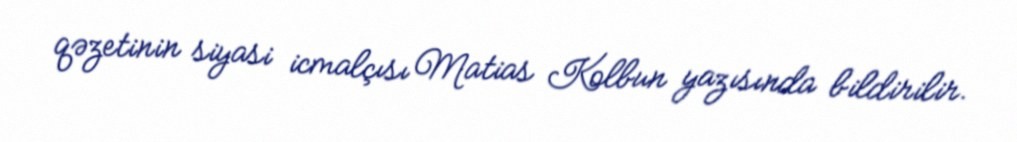
qəzetinin siyasi icmalçısı Matias Kolbun yazısında bildirilir.